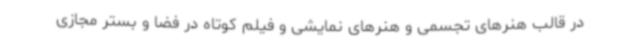
در قالب هنرهای تجسمی و هنرهای نمایشی و فیلم کوتاه در فضا و بستر مجازی